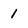
Character: I